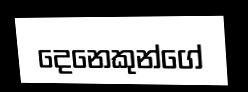
දෙනෙකුන්ගේ